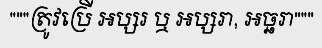
"""ត្រូវប្រើ អប្សរ ឬ អប្សរា, អច្ឆរា"""